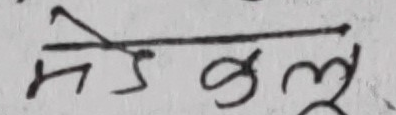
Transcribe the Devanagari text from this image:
मेडकल्य